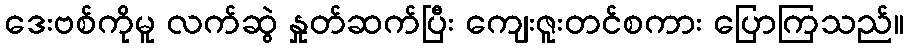
ဒေးဗစ်ကိုမူ လက်ဆွဲ နှုတ်ဆက်ပြီး ကျေးဇူးတင်စကား ပြောကြသည်။